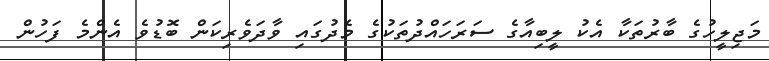
މަޖިލީހުގެ ބާރުތަކާ އެކު ލީބިއާގެ ސަރަހައްދުތަކުގެ މެދުގައި ވާދަވެރިކަން ބޮޑުވެ އެންމެ ފަހުން